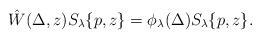
LaTeX: \begin{align*} \hat{W}(\Delta,z)S_\lambda\{p,z\} = \phi_\lambda(\Delta) S_\lambda\{p,z\}.\end{align*}